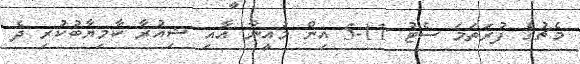
މެޗުގެ ފުރަތަމަ ސެޓު 11-5 އިން މުއީނާ އާއި ޝިއުރާ ކާމިޔާބުކުރި ދެ